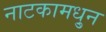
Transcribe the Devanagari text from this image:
नाटकामधु्न